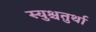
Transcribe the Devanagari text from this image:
स्युश्चतुर्था